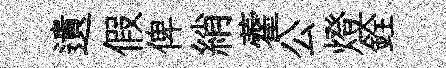
遺假俾綃藿公燈銓